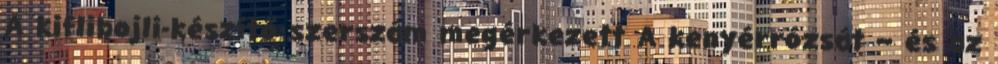
A kiflibojli-készítő szerszám megérkezett A kenyérrózsát – és az